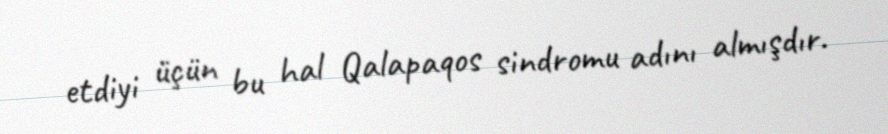
etdiyi üçün bu hal Qalapaqos sindromu adını almışdır.